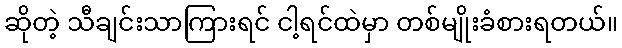
ဆိုတဲ့ သီချင်းသာကြားရင် ငါ့ရင်ထဲမှာ တစ်မျိုးခံစားရတယ်။